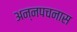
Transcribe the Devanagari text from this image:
अन्नपचनास